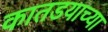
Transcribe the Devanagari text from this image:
कातडयाच्या